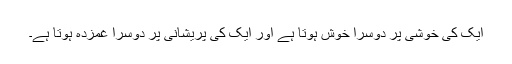
ایک کی خوشی پر دوسرا خوش ہوتا ہے اور ایک کی پریشانی پر دوسرا غمزدہ ہوتا ہے۔